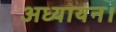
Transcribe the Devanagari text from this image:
अध्यायन।